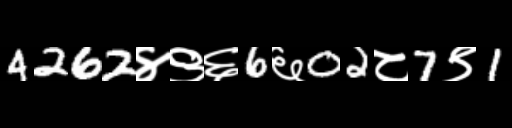
Text: 4262४९६6६02८7९1